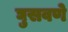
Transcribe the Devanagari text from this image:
घुसवणे